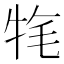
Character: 𤙚